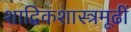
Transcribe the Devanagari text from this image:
शाद्विकशास्त्रमूढीं